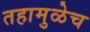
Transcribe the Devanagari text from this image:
तहामुळेच